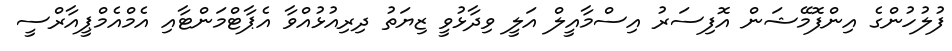
ފުލުހުންގެ އިންފޮމޭޝަން އޮފިސަރު އިސްމާއީލް އަލީ ވިދާޅުވީ ޒިޔަތު ދިރިއުޅުއްވާ އެޕާޓްމަންޓާއި އެމްއެމްޕީއާރްސީ